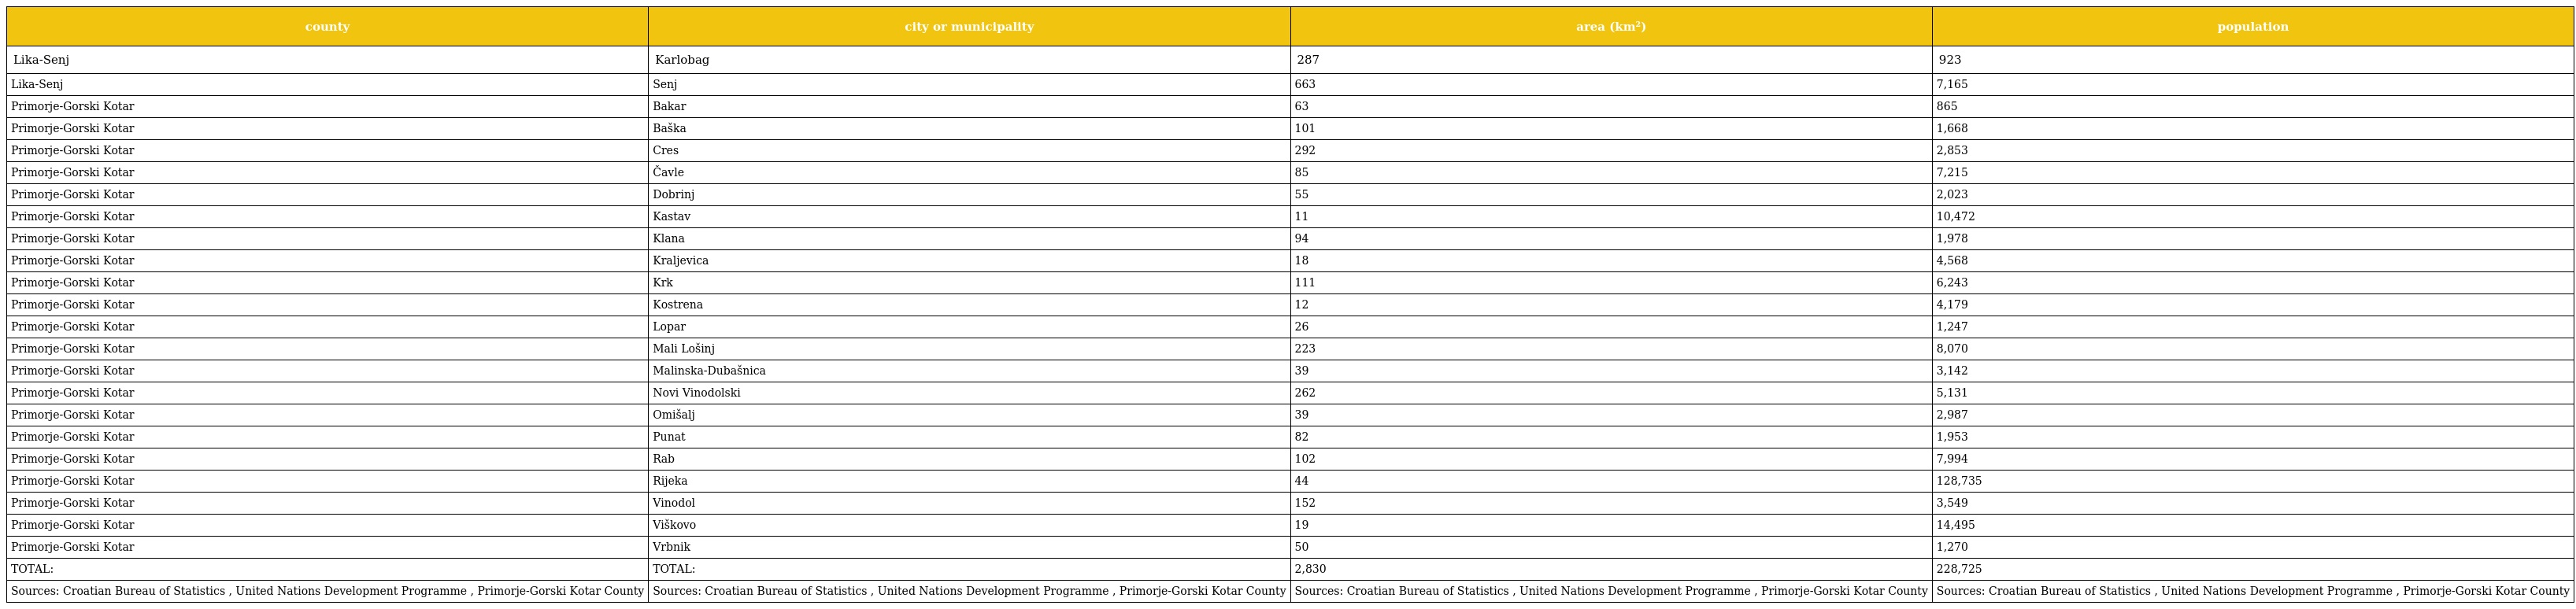
| county | city or municipality | area (km²) | population |
 | --- | --- | --- | --- |
 | Lika-Senj | Karlobag | 287 | 923 |
 | Lika-Senj | Senj | 663 | 7,165 |
 | Primorje-Gorski Kotar | Bakar | 63 | 865 |
 | Primorje-Gorski Kotar | Baška | 101 | 1,668 |
 | Primorje-Gorski Kotar | Cres | 292 | 2,853 |
 | Primorje-Gorski Kotar | Čavle | 85 | 7,215 |
 | Primorje-Gorski Kotar | Dobrinj | 55 | 2,023 |
 | Primorje-Gorski Kotar | Kastav | 11 | 10,472 |
 | Primorje-Gorski Kotar | Klana | 94 | 1,978 |
 | Primorje-Gorski Kotar | Kraljevica | 18 | 4,568 |
 | Primorje-Gorski Kotar | Krk | 111 | 6,243 |
 | Primorje-Gorski Kotar | Kostrena | 12 | 4,179 |
 | Primorje-Gorski Kotar | Lopar | 26 | 1,247 |
 | Primorje-Gorski Kotar | Mali Lošinj | 223 | 8,070 |
 | Primorje-Gorski Kotar | Malinska-Dubašnica | 39 | 3,142 |
 | Primorje-Gorski Kotar | Novi Vinodolski | 262 | 5,131 |
 | Primorje-Gorski Kotar | Omišalj | 39 | 2,987 |
 | Primorje-Gorski Kotar | Punat | 82 | 1,953 |
 | Primorje-Gorski Kotar | Rab | 102 | 7,994 |
 | Primorje-Gorski Kotar | Rijeka | 44 | 128,735 |
 | Primorje-Gorski Kotar | Vinodol | 152 | 3,549 |
 | Primorje-Gorski Kotar | Viškovo | 19 | 14,495 |
 | Primorje-Gorski Kotar | Vrbnik | 50 | 1,270 |
 | TOTAL: | TOTAL: | 2,830 | 228,725 |
 | Sources: Croatian Bureau of Statistics , United Nations Development Programme , Primorje-Gorski Kotar County | Sources: Croatian Bureau of Statistics , United Nations Development Programme , Primorje-Gorski Kotar County | Sources: Croatian Bureau of Statistics , United Nations Development Programme , Primorje-Gorski Kotar County | Sources: Croatian Bureau of Statistics , United Nations Development Programme , Primorje-Gorski Kotar County |